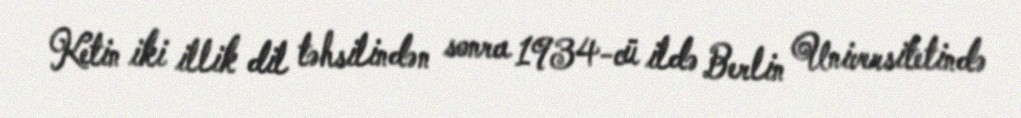
Ketin iki illik dil təhsilindən sonra 1934-cü ildə Berlin Universitetində